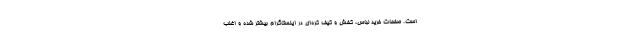
است. صفحات خرید لباس، کفش و کیف کره‌ای در اینستاگرام بیشتر شده و اغلب